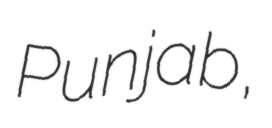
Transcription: Punjab,